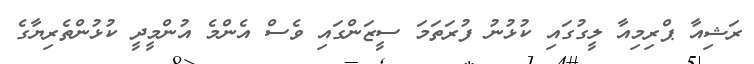
ރަޝިއާ ޕްރިމިއާ ލީގުގައި ކުޅުނު ފުރަތަމަ ސީޒަންގައި ވެސް އެންމެ އުންމީދީ ކުޅުންތެރިޔާގެ